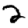
Digit: 2